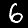
Digit: 6